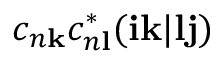
c _ { n \mathbf { k } } c _ { n \mathbf { l } } ^ { * } ( \mathbf { i k } | \mathbf { l j } )